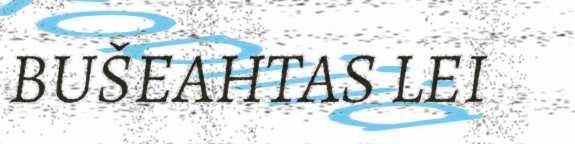
BUŠEAHTAS LEI